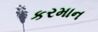
કરમાન